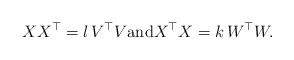
\begin{align*}XX^\top = l \, V^\top V\mbox{and} X^\top X =k \, W^\top W.\end{align*}